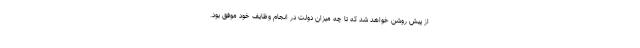
از پیش روشن خواهد شد که تا چه میزان دولت در انجام وظایف خود موفق بود.